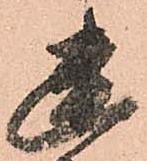
幽